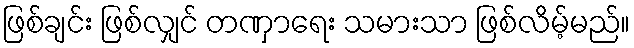
ဖြစ်ချင်း ဖြစ်လျှင် တဏှာရေး သမားသာ ဖြစ်လိမ့်မည်။